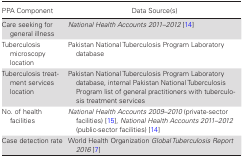
| PPA Component | Data Source(s) |
 | --- | --- |
 | Care seeking for general illness | National Health Accounts 2011–2012 [14] |
 | Tuberculosis microscopy location | Pakistan National Tuberculosis Program Laboratory database |
 | Tuberculosis treatment services location | Pakistan National Tuberculosis Program Laboratory database, internal Pakistan National Tuberculosis Program list of general practitioners with tuberculosis treatment services |
 | No. of health facilities | National Health Accounts 2009–2010 (private-sector facilities) [15], National Health Accounts 2011–2012 (public-sector facilities) [14] |
 | Case detection rate | World Health Organization Global Tuberculosis Report 2016 [7] |